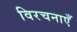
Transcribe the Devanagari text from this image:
विरचनाएँ